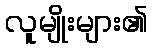
လူမျိုးများ၏